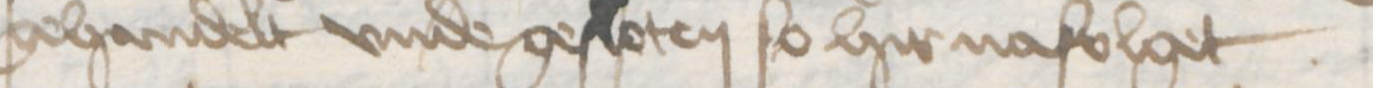
gehandelt vnde gesloten so hier nafolget